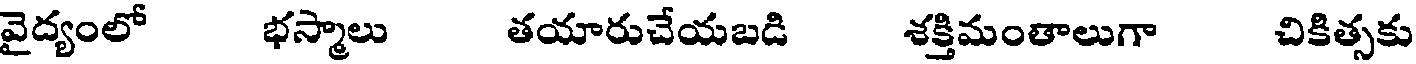
వైద్యంలో భస్మాలు తయారుచేయబడి శక్తిమంతాలుగా చికిత్సకు